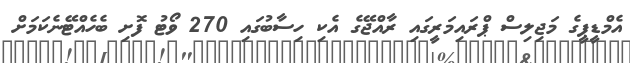
އެމްޑީޕީގެ މަޖިލިސް ޕްރައިމަރީގައި ރާއްޖޭގެ އެކި ހިސާބުގައި 270 ވޯޓު ފޮށި ބެހެއްޓޭނެކަމަށް